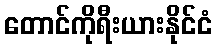
တောင်ကိုရီးယားနိုင်ငံ